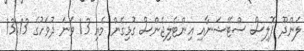
ލަންދޫ ޕޮލިސް ސްޓޭޝަނާއި އިންޓެލިޖެންސް ގުޅިގެން މެއި 13 ވަނަ ދުވަހުގެ 13:13